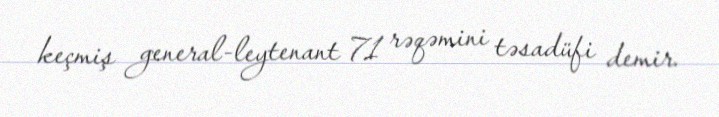
keçmiş general-leytenant 71 rəqəmini təsadüfi demir.